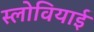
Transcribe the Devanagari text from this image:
स्लोवियाई